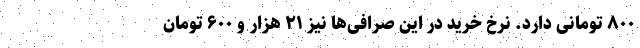
۸۰۰ تومانی دارد. نرخ خرید در این صرافی‌ها نیز ۲۱ هزار و ۶۰۰ تومان